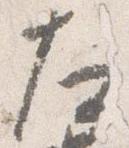
左